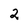
Character: 2